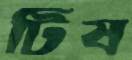
টিষ